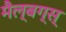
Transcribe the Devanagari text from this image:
मैल्बग्स्